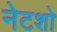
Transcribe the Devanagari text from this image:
नेटशो